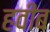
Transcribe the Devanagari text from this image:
हवीब